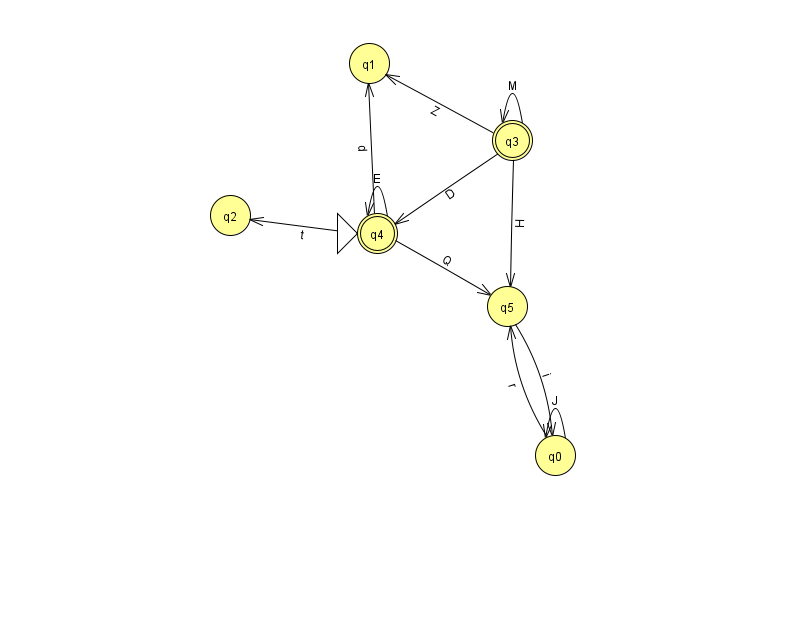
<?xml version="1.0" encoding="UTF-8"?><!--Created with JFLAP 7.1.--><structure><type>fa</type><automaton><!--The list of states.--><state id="0" name="q0"><x>555.0</x><y>442.0</y></state><state id="1" name="q1"><x>369.0</x><y>50.0</y></state><state id="2" name="q2"><x>230.0</x><y>202.0</y></state><state id="3" name="q3"><x>512.0</x><y>127.0</y><final/></state><state id="4" name="q4"><x>377.0</x><y>220.0</y><initial/><final/></state><state id="5" name="q5"><x>507.0</x><y>293.0</y></state><!--The list of transitions.--><transition><from>5</from><to>0</to><read>i</read></transition><transition><from>4</from><to>5</to><read>Q</read></transition><transition><from>3</from><to>4</to><read>D</read></transition><transition><from>4</from><to>4</to><read>E</read></transition><transition><from>4</from><to>1</to><read>d</read></transition><transition><from>3</from><to>1</to><read>Z</read></transition><transition><from>0</from><to>0</to><read>J</read></transition><transition><from>3</from><to>5</to><read>H</read></transition><transition><from>0</from><to>5</to><read>r</read></transition><transition><from>3</from><to>3</to><read>M</read></transition><transition><from>4</from><to>2</to><read>t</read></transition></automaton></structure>